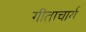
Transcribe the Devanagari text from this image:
गीताचार्य